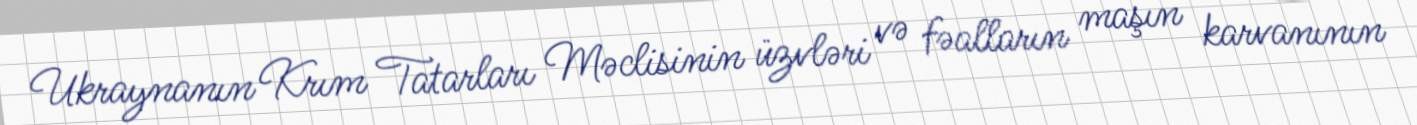
Ukraynanın Krım Tatarları Məclisinin üzvləri və fəalların maşın karvanının